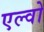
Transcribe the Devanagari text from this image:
एल्वो